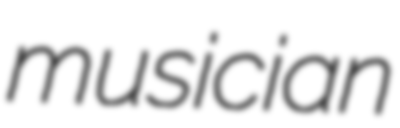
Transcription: musician